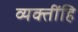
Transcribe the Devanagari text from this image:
व्यक्तींहि